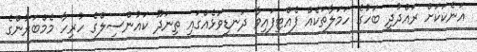
އަނެކަކަށް ރައްދުދީ ބަހުގެ ހަމަލާތަކެއް ފެއްޓިފައިވާ ދަނޑިވަޅެއްގައި ތިނަދޫ ކައުންސިލްގެ ހުރިހާ މެމްބަރުންގެ